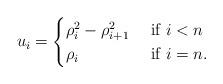
LaTeX: \begin{align*}u_{i}=\begin{cases}\rho_{i}^{2}-\rho_{i+1}^{2} & \textrm{ if }i<n\\\rho_{i} & \textrm{ if }i=n.\end{cases}\end{align*}